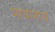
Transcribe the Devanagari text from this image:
मायानाथ